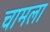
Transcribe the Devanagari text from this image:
चामला